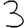
Digit: 3